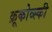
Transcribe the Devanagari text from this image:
क्रूकोव्स्की